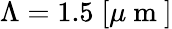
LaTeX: \Lambda=1.5\; [\mu\mathrm{~m~}]